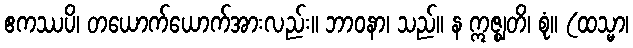
ဧကဿပိ၊ တယောက်ယောက်အားလည်း။ ဘာဝနာ၊ သည်။ န ဣဇ္ဈတိ၊ စုံ။ (ထသ္မာ၊